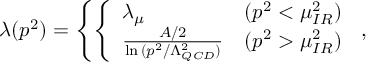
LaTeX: \lambda ( p ^ { 2 } ) = \left\{ \left\{ \begin{array} { l l } { { \lambda _ { \mu } } } & { { ( p ^ { 2 } < \mu _ { I R } ^ { 2 } ) } } \\ { { { \frac { A / 2 } { \ln { ( p ^ { 2 } / \Lambda _ { Q C D } ^ { 2 } ) } } } } } & { { ( p ^ { 2 } > \mu _ { I R } ^ { 2 } ) } } \end{array} \right. \right. ,